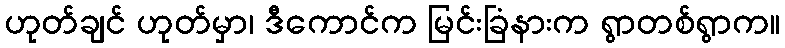
ဟုတ်ချင် ဟုတ်မှာ၊ ဒီကောင်က မြင်းခြံနားက ရွာတစ်ရွာက။